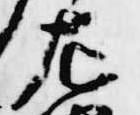
左